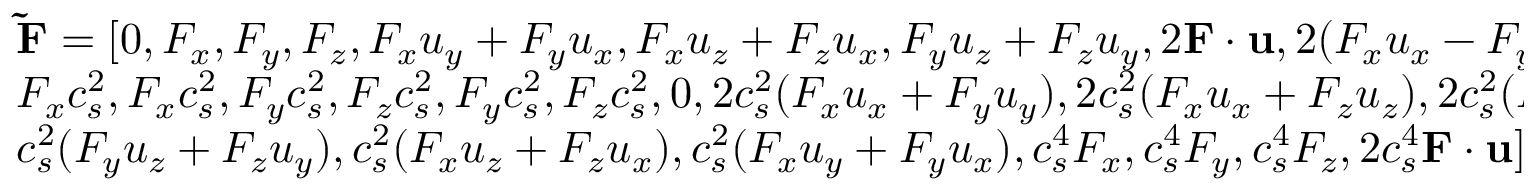
\begin{array} { l } { { \bf { \tilde { F } } } = [ 0 , { F _ { x } } , { F _ { y } } , { F _ { z } } , { F _ { x } } { u _ { y } } + { F _ { y } } { u _ { x } } , { F _ { x } } { u _ { z } } + { F _ { z } } { u _ { x } } , { F _ { y } } { u _ { z } } + { F _ { z } } { u _ { y } } , 2 { \bf { F } } \cdot { \bf { u } } , 2 ( { F _ { x } } { u _ { x } } - { F _ { y } } { u _ { y } } ) , 2 ( { F _ { x } } { u _ { x } } - { F _ { \mathrm { { z } } } } { u _ { z } } ) , } \\ { { F _ { x } } c _ { s } ^ { 2 } , { F _ { x } } c _ { s } ^ { 2 } , { F _ { y } } c _ { s } ^ { 2 } , { F _ { z } } c _ { s } ^ { 2 } , { F _ { y } } c _ { s } ^ { 2 } , { F _ { z } } c _ { s } ^ { 2 } , 0 , 2 c _ { s } ^ { 2 } ( { F _ { x } } { u _ { x } } + { F _ { y } } { u _ { y } } ) , 2 c _ { s } ^ { 2 } ( { F _ { x } } { u _ { x } } + { F _ { z } } { u _ { z } } ) , 2 c _ { s } ^ { 2 } ( { F _ { y } } { u _ { y } } + { F _ { z } } { u _ { z } } ) , } \\ { c _ { s } ^ { 2 } ( { F _ { y } } { u _ { z } } + { F _ { z } } { u _ { y } } ) , c _ { s } ^ { 2 } ( { F _ { x } } { u _ { z } } + { F _ { z } } { u _ { x } } ) , c _ { s } ^ { 2 } ( { F _ { x } } { u _ { y } } + { F _ { y } } { u _ { x } } ) , c _ { s } ^ { 4 } { F _ { x } } , c _ { s } ^ { 4 } { F _ { y } } , c _ { s } ^ { 4 } { F _ { z } } , 2 c _ { s } ^ { 4 } { \bf { F } } \cdot { \bf { u } } { ] ^ { \mathrm { T } } } } \end{array}